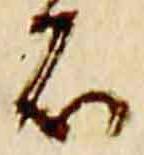
石